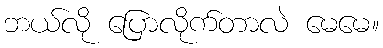
ဘယ်လို ပြောလိုက်တာလဲ မေမေ။